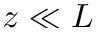
z \ll L